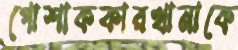
পোশাককারখানাকে